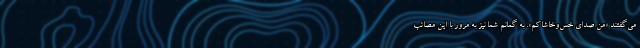
می‌گفتند «من صدای خس‌وخاشاکم». به‌ گمانم شما نیز به‌ مرور با این مصائب